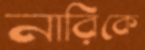
নারিকে